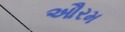
ઔરમ